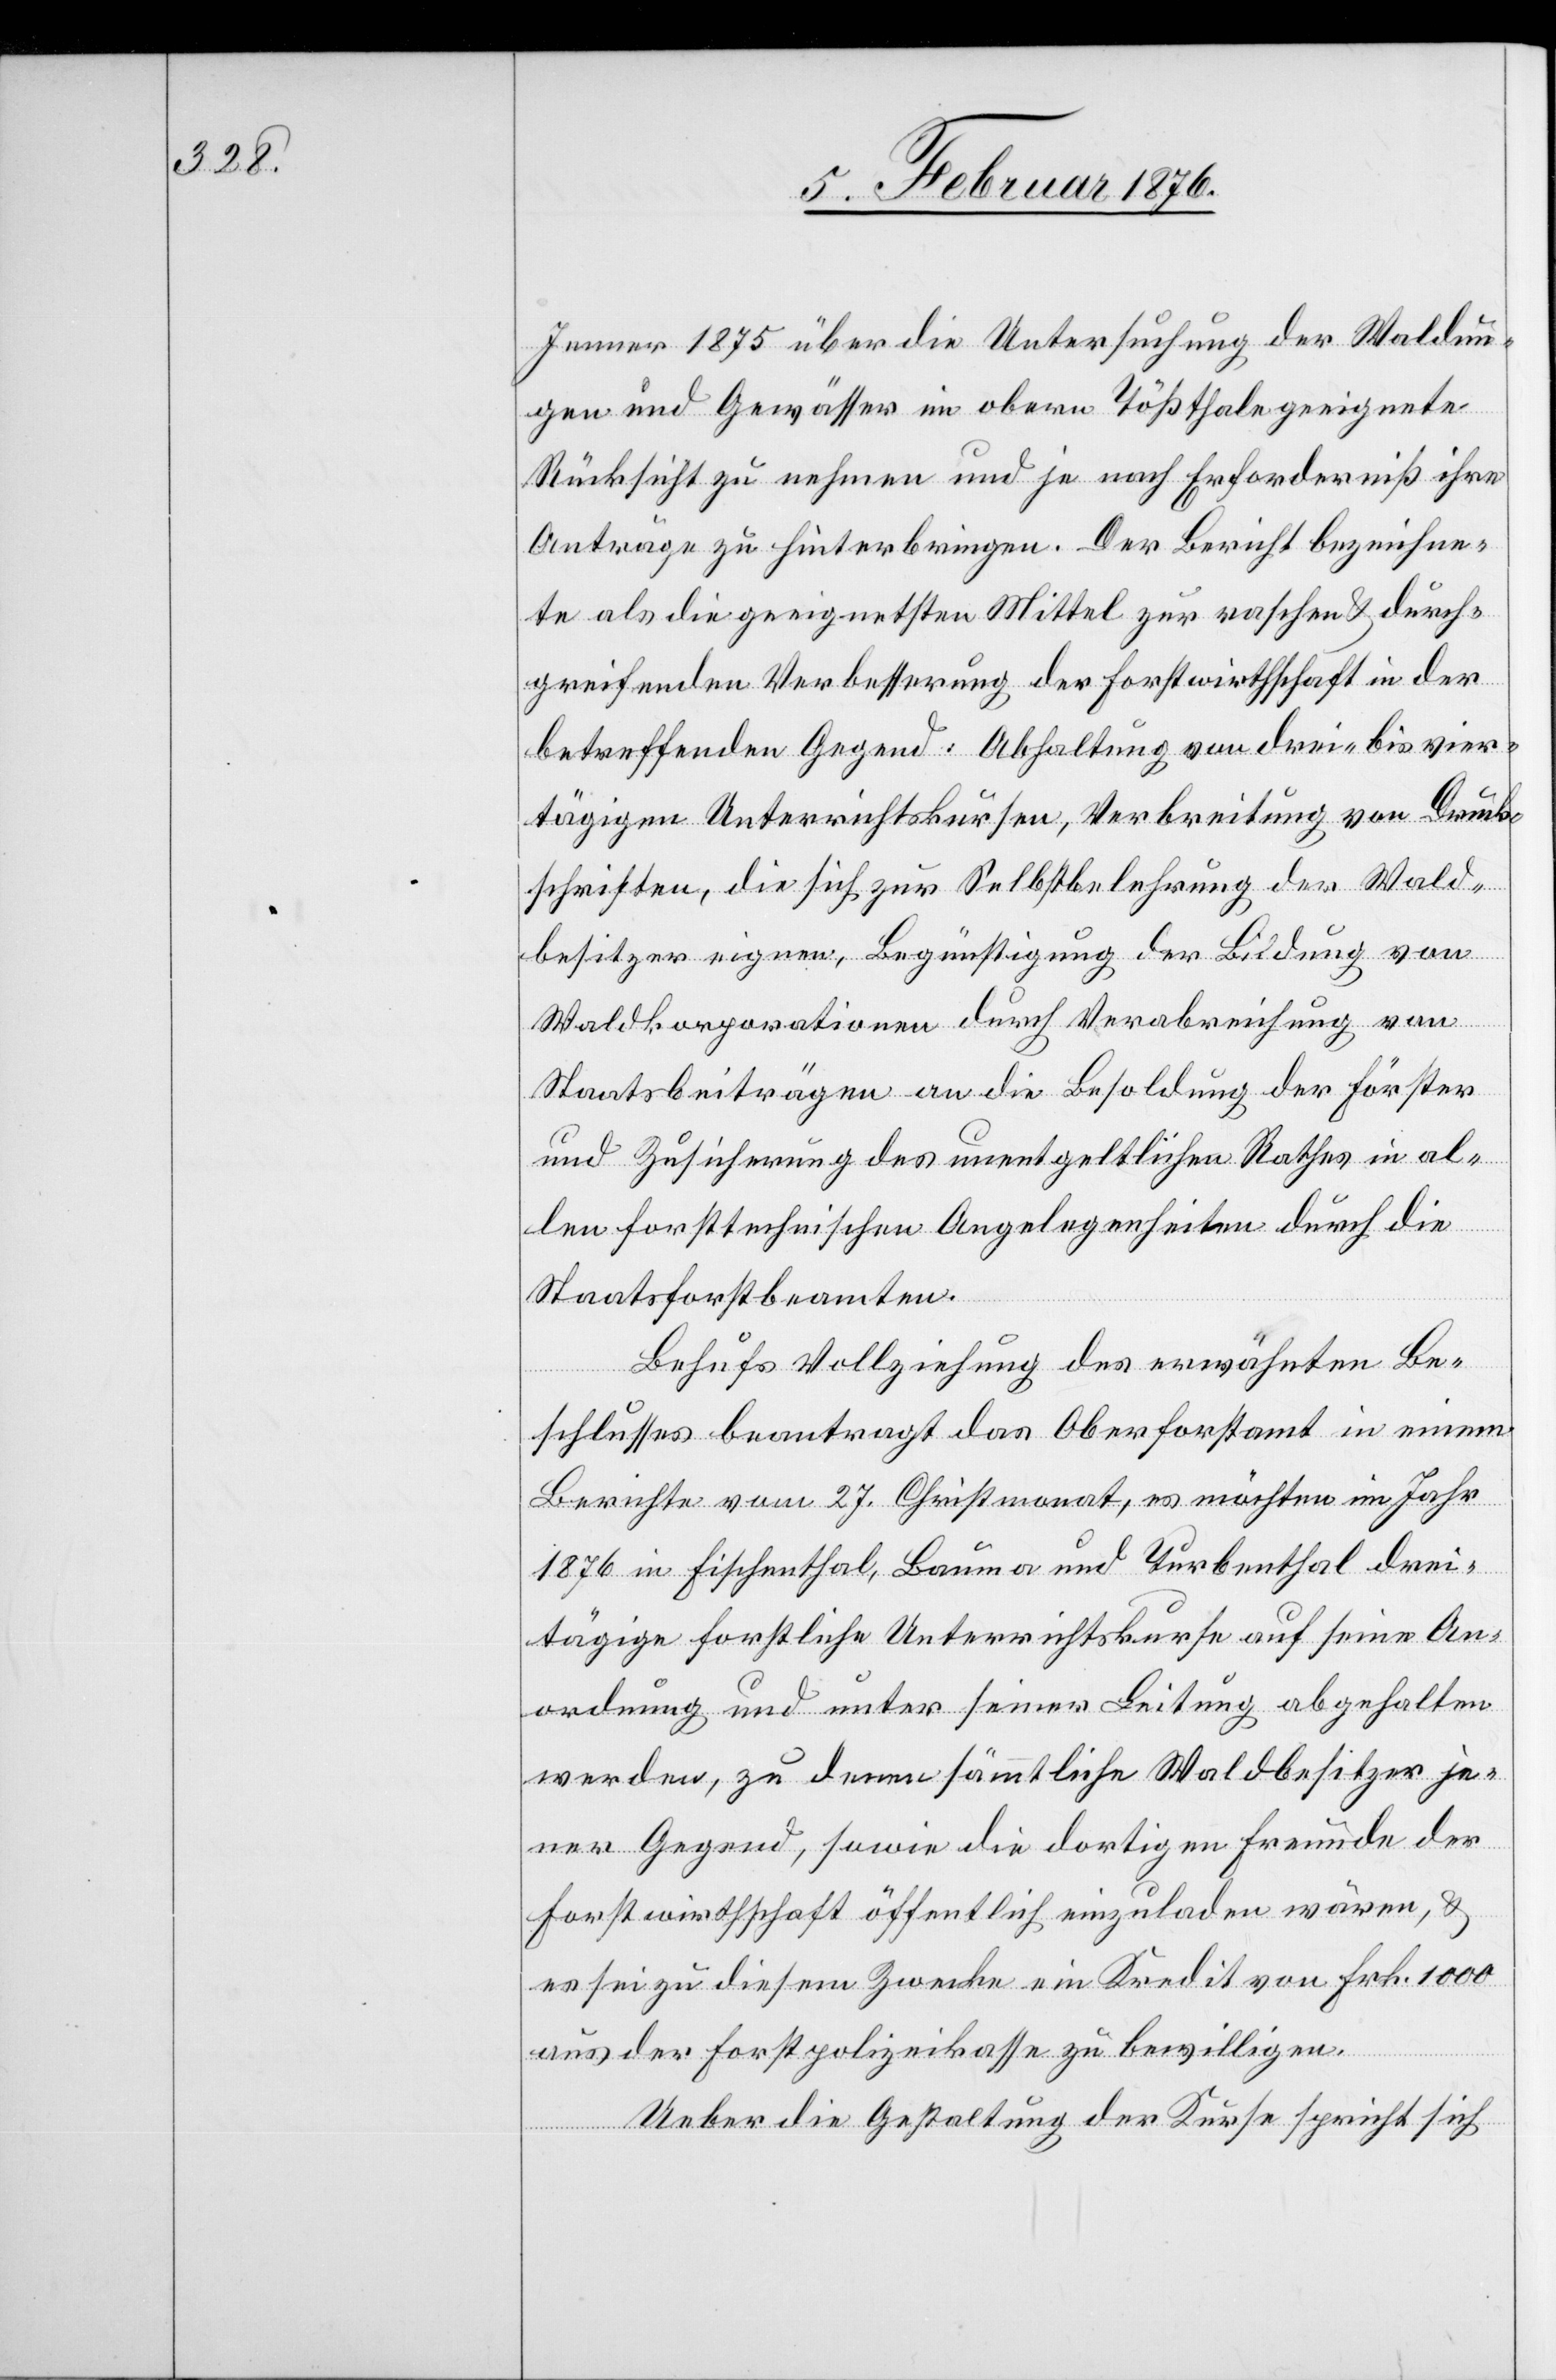
Jenner 1875 über die Untersuchung der Waldun¬
gen und Gewässer im oberen Tößthal geeignete
Rücksicht zu nehmen und je nach Erforderniß ihre
Anträge zu hinterbringen. Der Bericht bezeichne¬
te als die geeignetsten Mittel zur raschen & durch¬
greifenden Verbesserung der Forstwirthschaft in der
betroffenen Gegend: Abhaltung von drei- bis vier¬
tägigen Unterrichtskursen, die sich zur Selb¬
besitzer eignen, Begünstigung der Bildung von
Waldkorporationen durch Verabreichung von
Staatsbeiträgen an die Besoldung der Förster
und Zustimmung des unentgeltlichen Rathes in al¬
len forsttechnischen Angelegenheiten durch die
Staatsforstbeamten.
Behufs Vollziehung des erwähnten Be¬
schlusses beantragt das Oberforstamt in einem
Berichte vom 27. Christmonat, es müssten im Jahr
1876 in Fischenthal, Bauma und Turbenthal drei¬
tägige forstliche Unterrichtskurse auf seine An¬
ordnung und unter seiner Leitung abgehalten
werden, zu denen sämmtliche Waldbesitzer je¬
ner Gegend, sowie die dortigen Freunde der
Forstwirthschaft öffentlich eingeladen wären, &
es sei zu diesem Zwecke ein Kredit von Frk. 1000
der Wald¬
aus der Forstpolizeikasse zu bewilligen.
Ueber die Gestaltung der Kurse spricht sich